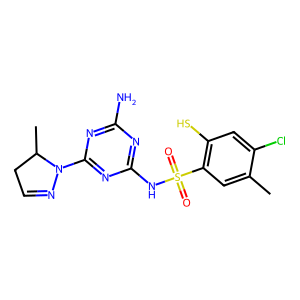
SMILES: Cc1cc(S(=O)(=O)Nc2nc(N)nc(N3N=CCC3C)n2)c(S)cc1Cl
Inhibits HIV replication: Yes